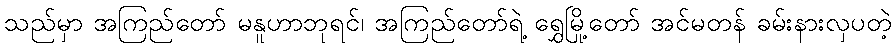
သည်မှာ အကြည်တော် မနူဟာဘုရင်၊ အကြည်တော်ရဲ့ ရွှေမြို့တော် အင်မတန် ခမ်းနားလှပတဲ့